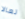
تعالا